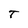
Character: T